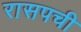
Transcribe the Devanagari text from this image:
रासपची